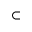
\subset